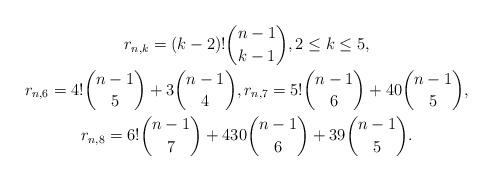
LaTeX: \begin{gather*}r_{n,k}=(k-2)! {n-1 \choose k-1}, 2 \le k \le 5,\\r_{n,6}= 4!{n-1 \choose 5}+3{n-1 \choose 4},r_{n,7}=5!{n-1 \choose 6}+40{n-1 \choose 5}, \\r_{n,8}=6!{n-1 \choose 7}+430{n-1 \choose 6}+ 39{n-1 \choose 5}.\end{gather*}